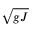
\sqrt { g J }